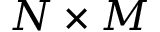
N \times M